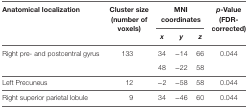
<table><thead><tr><td rowspan="2"><b>Anatomical localization</b></td><td rowspan="2"><b>Cluster size (number of voxels)</b></td><td colspan="3"><b>MNI coordinates</b></td><td rowspan="2"><b><i>p</i>-Value (FDR-corrected)</b></td></tr><tr><td><b><i>x</i></b></td><td><b><i>y</i></b></td><td><b><i>z</i></b></td></tr></thead><tbody><tr><td rowspan="2">Right pre- and postcentral gyrus</td><td rowspan="2">133</td><td>34</td><td>−14</td><td>66</td><td rowspan="2">0.044</td></tr><tr><td>48</td><td>−22</td><td>58</td></tr><tr><td>Left Precuneus</td><td>12</td><td>−2</td><td>−58</td><td>58</td><td>0.044</td></tr><tr><td>Right superior parietal lobule</td><td>9</td><td>34</td><td>−46</td><td>60</td><td>0.044</td></tr></tbody></table>